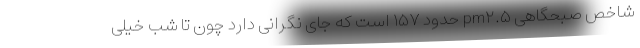
شاخص صبحگاهی pm۲.۵ حدود ۱۵۷ است که جای نگرانی دارد چون تا شب خیلی